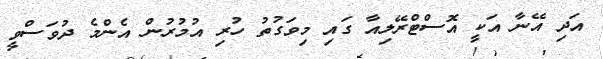
އަދި އޭނާ އަކީ އޮސްޓްރޭލިއާ ގައި މިވަގުތު ހުރި އުމުރުން އެންމެ ދުވަސްވީ